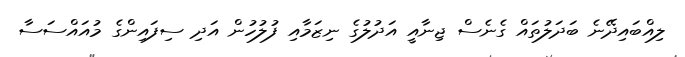
ލިއްބައިދޭނެ ބަދަލުތައް ގެނެސް ޖިނާއީ އަދުލުގެ ނިޒަމާއި ފުލުހުން އަދި ސިފައިންގެ މުއައްސަސާ